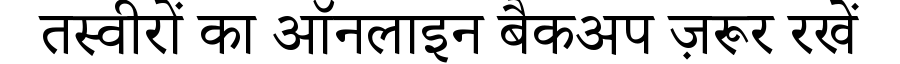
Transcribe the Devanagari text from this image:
तस्वीरों का ऑनलाइन बैकअप ज़रूर रखें